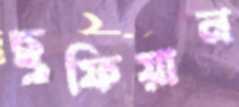
ছুফিয়ান